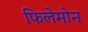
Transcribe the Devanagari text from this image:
फिलेमोन